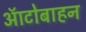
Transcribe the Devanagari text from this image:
ऑटोबाहन